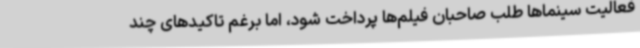
فعالیت سینماها طلب صاحبان فیلم‌ها پرداخت شود، اما برغم تاکیدهای چند